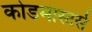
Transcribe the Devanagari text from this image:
कोडमास्टर्स